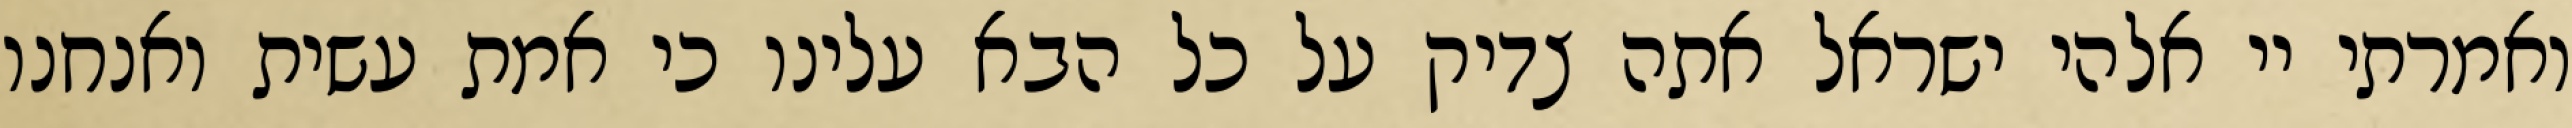
ואמרתי יי אלהי ישראל אתה צדיק על כל הבא עלינו כי אמת עשית ואנחנו